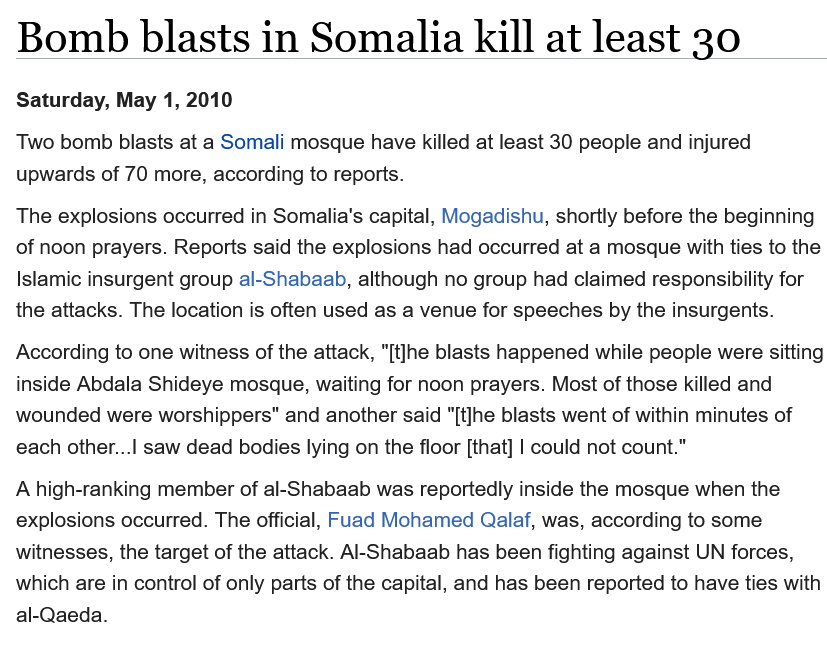
Bomb    blasts    in  Somalia    kill  at   least    30
  Saturday, May 1, 2010
  Two bomb blasts at a Somali mosque have killed at least 30 people and injured
  upwards of 70 more, according to reports.
  The explosions occurred in Somalia's capital, Mogadishu, shortly before the beginning
  of noon prayers. Reports said the explosions had occurred at a mosque with ties to the
  Islamic insurgent group al-Shabaab, although no group had claimed responsibility for
  the attacks. The location is often used as a venue for speeches by the insurgents.
  According to one witness of the attack, "[t]he blasts happened while people were sitting
  inside Abdala Shideye mosque, waiting for noon prayers. Most of those killed and
  wounded were worshippers" and another said "[t]he blasts went of within minutes of
  each other...| saw dead bodies lying on the floor [that] | could not count."
  A high-ranking member of al-Shabaab was reportedly inside the mosque when the
  explosions occurred. The official, Fuad Mohamed Qalaf, was, according to some
  witnesses, the target of the attack. Al-Shabaab has been fighting against UN forces,
  which are in control of only parts of the capital, and has been reported to have ties with
  al-Qaeda.